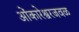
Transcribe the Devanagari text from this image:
ओंकारेश्वरजवळ